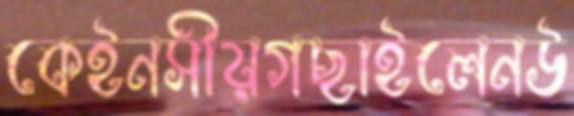
কেইনসীয়গছাইলেনউ